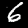
Label: 6